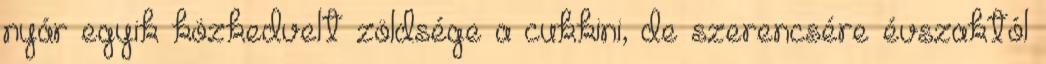
nyár egyik közkedvelt zöldsége a cukkini, de szerencsére évszaktól